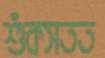
শুঁকসতত